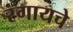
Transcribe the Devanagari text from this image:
रंगायचे